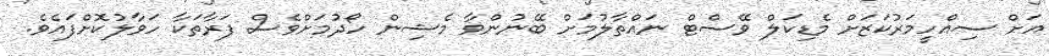
އަށް ސިއްހީމަރުކަޒަށް މެޑިކަލް ވޭސްޓް ނައްތާލުމަށް ބޭނުންވާ މެޝިން ހޯދުމަށްވެސް ފަރާތަކާ ހަވާލުކޮށްފައެވެ.